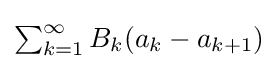
{\textstyle \sum _{k=1}^{\infty }B_{k}(a_{k}-a_{k+1})}